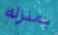
بمنزله